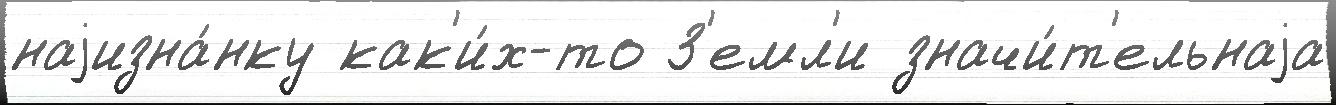
наjизна́нку как'и́х-то З'емл'и значи́т'ельнаjа